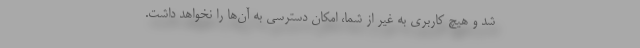
شد و هیچ کاربری به غیر از شما، امکان دسترسی به آن‌ها را نخواهد داشت.